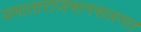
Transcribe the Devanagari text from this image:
यमाताराजभानसलगा।